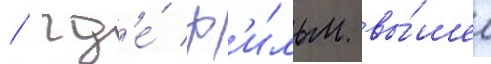
/ гд'е́ ф'и́льм вы́шел